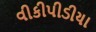
વીકીપીડીયા